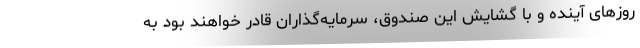
روزهای آینده و با گشایش این صندوق، سرمایه‌گذاران قادر خواهند بود به